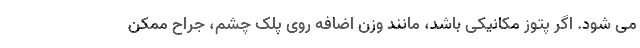
می شود. اگر پتوز مکانیکی باشد، مانند وزن اضافه روی پلک چشم، جراح ممکن